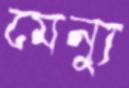
মেন্যু